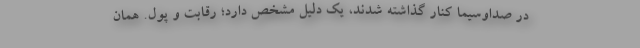
در صداوسیما کنار گذاشته شدند، یک دلیل مشخص دارد؛ رقابت و پول. همان